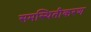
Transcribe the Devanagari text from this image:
समस्थितीकरण